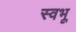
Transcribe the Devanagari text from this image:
स्वभू